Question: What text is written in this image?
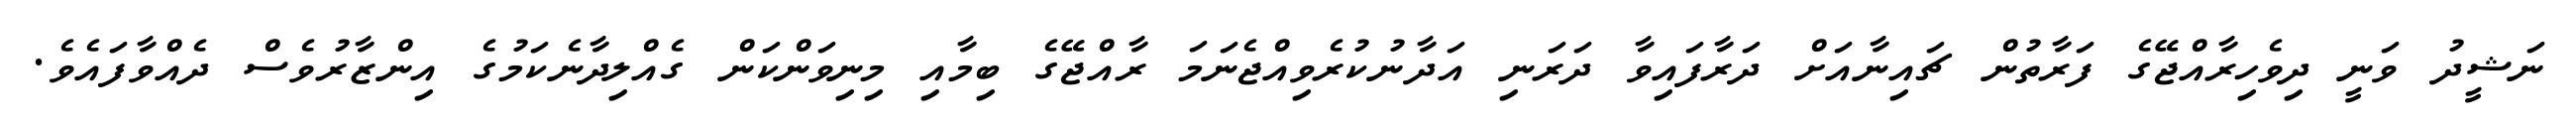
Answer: ނަޝީދު ވަނީ ދިވެހިރާއްޖޭގެ ފަރާތުން ޗައިނާއަށް ދަރާފައިވާ ދަރަނި އަދާނުކުރެވިއްޖެނަމަ ރާއްޖޭގެ ބިމާއި މިނިވަންކަން ގެއްލިދާނެކަމުގެ އިންޒާރުވެސް ދެއްވާފައެވެ.